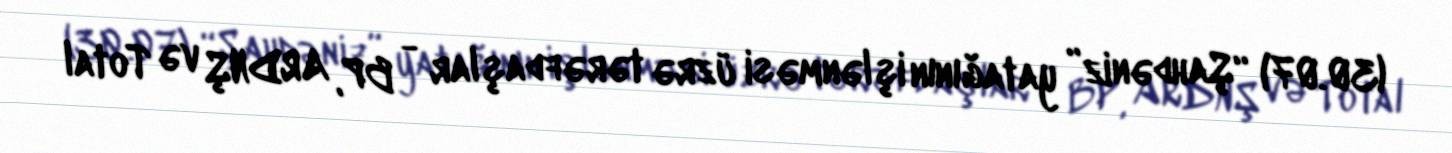
(30.07) “Şahdəniz” yatağının işlənməsi üzrə tərəfdaşlar - BP, ARDNŞ və Total